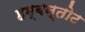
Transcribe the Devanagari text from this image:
हम्बन्तोट